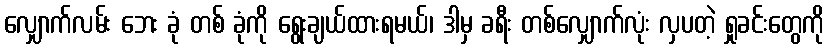
လျှောက်လမ်း ဘေး ခုံ တစ် ခုံကို ရွေးချယ်ထားရမယ်၊ ဒါမှ ခရီး တစ်လျှောက်လုံး လှပတဲ့ ရှုခင်းတွေကို